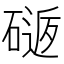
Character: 𥕈